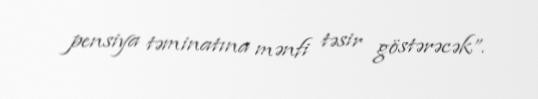
pensiya təminatına mənfi təsir göstərəcək”.